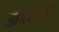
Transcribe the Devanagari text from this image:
हार्परच्या